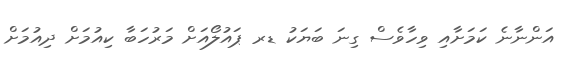
އަންނާނެ ކަމަށާއި ވިހާވެސް ގިނަ ބަޔަކު ޑރ ޕައުލޯއަށް މަރުހަބާ ކިއުމަށް ދިއުމަށް